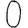
Digit: 0